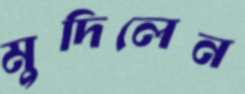
মুদিলেন